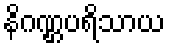
နိဂဏ္ဌပရိသာယ